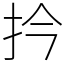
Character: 扲